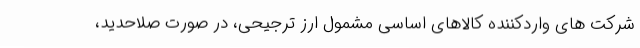
شرکت های واردکننده کالاهای اساسی مشمول ارز ترجیحی، در صورت صلاحدید،